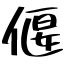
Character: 偃